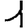
Digit: 1